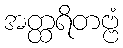
အတ္ထရိတဗ္ဗံ